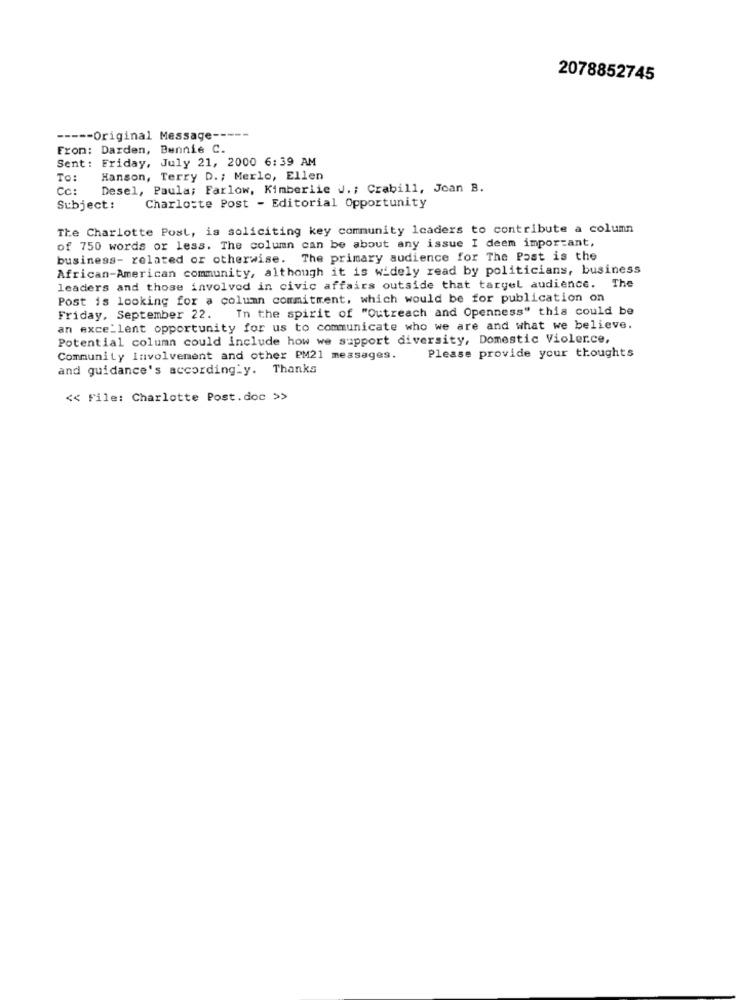
2078852745
----- Original Message -----
Fron: Darden, Bennie C.
Sent : Friday, July 21, 2000 6:39 AM
To:
Hanson, Terry D .; Merlo, Ellen
Cc:
Desel, Paula; Farlow, Kimberlie J .; Crabill, Joan B.
Subject:
Charlotte Post - Editorial Opportunity
The Charlotte Post, is soliciting key community leaders to contribute a column
of 750 words or less. The column can be about any issue I deem important,
business- related or otherwise. The primary audience for The Past is the
African-American community, although it is widely read by politicians, business
leaders and those involved in civic affairs outside that target audience. The
Post is looking for a column commitment, which would be for publication on
In the spirit of "Outreach and Openness" this could be
Friday, September 22.
an excellent opportunity for us to communicate who we are and what we believe.
Potential column could include how we support diversity, Domestic Violence,
Community Involvement and other PM21 messages.
Please provide your thoughts
and guidance's according.y. Thanks
<< File: Charlotte Post. doc >>